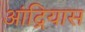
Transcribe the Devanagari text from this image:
आंद्रियास